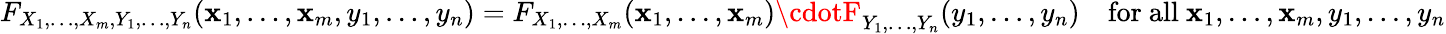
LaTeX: F_{X_{1},\ldots,X_{m},Y_{1},\ldots,Y_{n}}(\mathbf{x}_{1},\ldots,\mathbf{x}_{m},y_{1},\ldots,y_{n})=F_{X_{1},\ldots,X_{m}}(\mathbf{x}_{1},\ldots,\mathbf{x}_{m})\cdotF_{Y_{1},\ldots,Y_{n}}(y_{1},\ldots,y_{n})\quad{\mathrm{{for~all~}}}\mathbf{x}_{1},\ldots,\mathbf{x}_{m},y_{1},\ldots,y_{n}